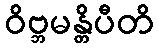
ဝိဗ္ဘမန္တိပီတိ